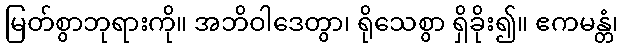
မြတ်စွာဘုရားကို။ အဘိဝါဒေတွာ၊ ရိုသေစွာ ရှိခိုး၍။ ဧကမန္တံ၊